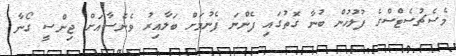
މެސެޗުސެޓްސްގެ ފުލުހުން ބުނާ ގޮތުގައި ފެންނަ ފެނުމަށް ބަލާއިރު ވެނެސާއަށް ޖިންސީ ގޯނާ